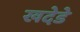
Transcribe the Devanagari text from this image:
खदेडे